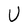
Character: U